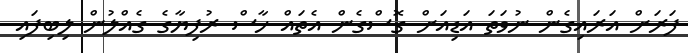
ފަރަށް އަރައިގެން ނުވަތަ އަޑިއަށް ގޮސްގެން އެތައް ހާސް ރުފިޔާގެ ގެެއްލުން ލިބިފައި